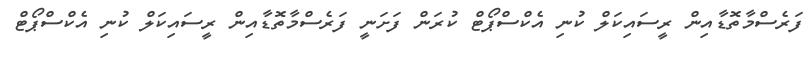
ފަރެސްމާތޮޑާއިން ރީސައިކަލް ކުނި އެކްސްޕޯޓް ކުރަން ފަށަނީ ފަރެސްމާތޮޑާއިން ރީސައިކަލް ކުނި އެކްސްޕޯޓް